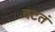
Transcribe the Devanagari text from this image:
वटतं